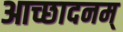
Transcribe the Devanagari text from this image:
आच्छादनम्‌